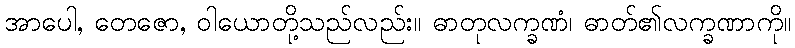
အာပေါ, တေဇော, ဝါယောတို့သည်လည်း။ ဓာတုလက္ခဏံ၊ ဓာတ်၏လက္ခဏာကို။